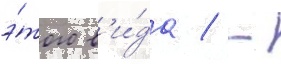
э́того в'и́да / -